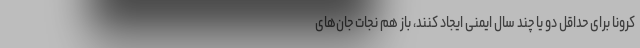
کرونا برای حداقل دو یا چند سال ایمنی ایجاد کنند، باز هم نجات جان‌های